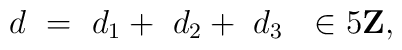
d \ = \ d_{1}+\ d_{2}+\ d_{3} \ \ \in 5{\bf Z},